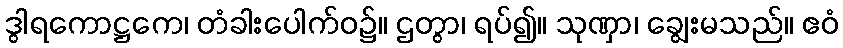
ဒွါရကောဋ္ဌကေ၊ တံခါးပေါက်ဝ၌။ ဌတွာ၊ ရပ်၍။ သုဏှာ၊ ချွေးမသည်။ ဧဝံ